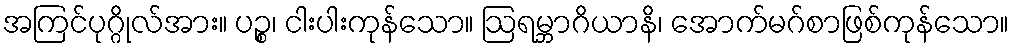
အကြင်ပုဂ္ဂိုလ်အား။ ပဉ္စ၊ ငါးပါးကုန်သော။ ဩရမ္ဘာဂိယာနိ၊ အောက်မဂ်စာဖြစ်ကုန်သော။